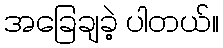
အခြေချခဲ့ ပါတယ်။